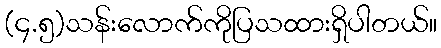
(၄.၅)သန်းလောက်ကိုပြသထားရှိပါတယ်။